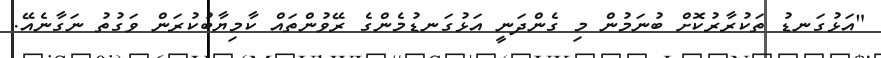
"އަޅުގަނޑު ތަކުރާރުކޮށް ބުނަމުން މި ގެންދަނީ އަޅުގަނޑުމެންގެ ރޭވުންތައް ކާމިޔާބުކުރަން ވަގުތު ނަގާނެއޭ.